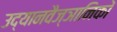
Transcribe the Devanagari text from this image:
उद्यानवैज्ञानिकों